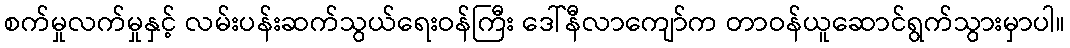
စက်မှုလက်မှုနှင့် လမ်းပန်းဆက်သွယ်ရေးဝန်ကြီး ဒေါ်နီလာကျော်က တာဝန်ယူဆောင်ရွက်သွားမှာပါ။